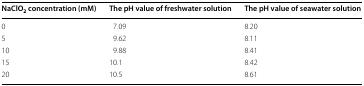
| NaClO2 concentration (mM) | The pH value of freshwater solution | The pH value of seawater solution |
 | --- | --- | --- |
 | 0 | 7.09 | 8.20 |
 | 5 | 9.62 | 8.11 |
 | 10 | 9.88 | 8.41 |
 | 15 | 10.1 | 8.42 |
 | 20 | 10.5 | 8.61 |